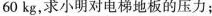
60kg，求小明对电梯地板的压力；